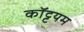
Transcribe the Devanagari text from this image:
कॉट्टयम